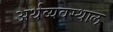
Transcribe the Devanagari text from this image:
अर्थव्यवस्थाल